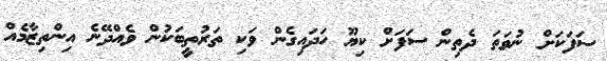
ސަފަކަށް ނުވަތަ ދެތިން ސަފަށް ކިޔޫ ހަދައިގެން ވަކި ތަރުތީބަކުން ވެއްދޭނެ އިންތިޒާމެއް